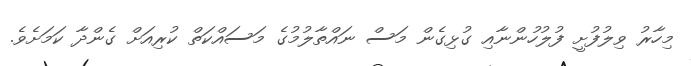
މިހާރު ވިލުފުށީ ފުލުހުންނާއި ގުޅިގެން މަސް ނައްތާލުމުގެ މަސައްކަތް ކުރިއަށް ގެންދާ ކަމަށެވެ.